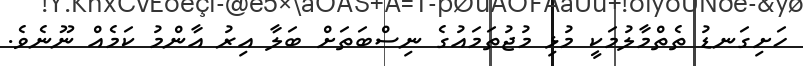
ހަށިގަނޑު ތެތްމާލުމަކީ މުޅި މުޖުތަމައުގެ ނިސްބަތަށް ބަލާ އިރު އާންމު ކަމެއް ނޫނެވެ.